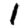
Digit: 1